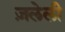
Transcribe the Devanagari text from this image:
ज़लेली